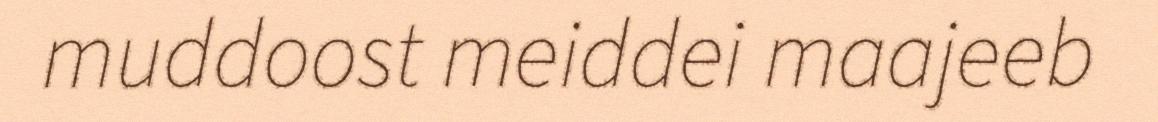
muddoost meiddei maajeeb